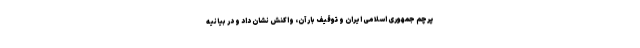
پرچم جمهوری اسلامی ایران و توقیف بار آن، واکنش نشان داد و در بیانیه